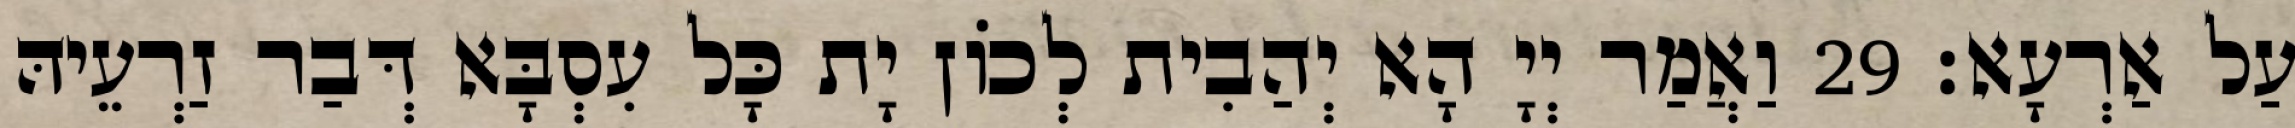
עַל אַרְעָא׃ 29 וַאֲמַר יְיָ הָא יְהַבִית לְכוֹן יָת כָּל עִסְבָּא דְּבַר זַרְעֵיהּ